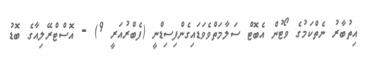
އިތުބާރު ނެތްކަމުގެ ވޯޓުން އެބޮޓް ސަލާމަތްވެވަޑައިގެންފިސިޑްނީ (ފެބްރުއަރީ 9) - އޮސްޓްރޭލިއާގެ ބޮޑު